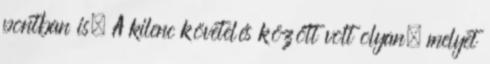
pontban is. A kilenc követelés között volt olyan, melyet